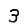
Digit: 3